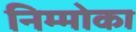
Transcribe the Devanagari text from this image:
निम्मोका